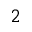
^ 2